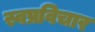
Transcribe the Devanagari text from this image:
स्वप्रविचार